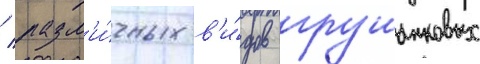
/ разл'и́чных в'и́дов грушанковых